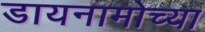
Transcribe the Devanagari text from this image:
डायनामोच्या